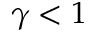
\gamma < 1